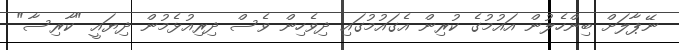
ނޭޕާލަށް ބިންހެލުން އައުމުގެ ކުރިން އެގައުމުގައި ދިވެހިން ވެސް ދިރިއުޅެމުން ދިޔައީ "ކާރިސާ"